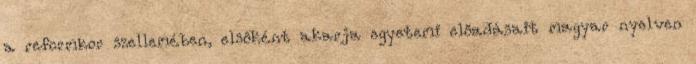
a reformkor szellemében, elsőként akarja egyetemi előadásait magyar nyelven